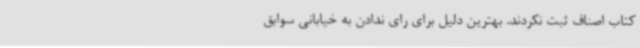
کتاب اصناف ثبت نکردند. بهترین دلیل برای رای ندادن به خیابانی سوابق